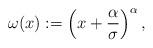
LaTeX: \begin{align*} \omega(x) := \left(x+\frac \alpha\sigma\right)^\alpha, \end{align*}